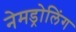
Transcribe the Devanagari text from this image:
नेमड्रोलिंग